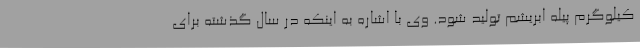
کیلوگرم پیله ابریشم تولید شود. وی با اشاره به اینکه در سال گذشته برای